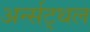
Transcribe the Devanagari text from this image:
अर्न्सट्थल